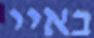
באיי